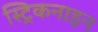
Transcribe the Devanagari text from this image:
स्ट्रिकनाइन